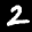
Label: 2